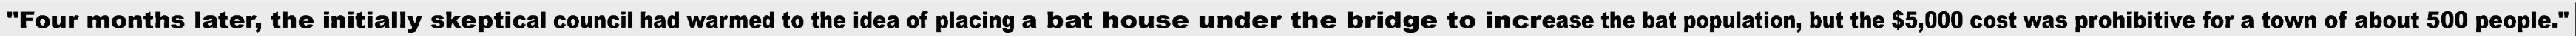
"Four months later, the initially skeptical council had warmed to the idea of placing a bat house under the bridge to increase the bat population, but the $5,000 cost was prohibitive for a town of about 500 people."